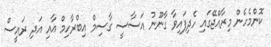
ކޮންމެހެން މިރާއްޖޭގައި ހެދިފައިވާ ގާނޫނު އަސާސީ ގާސިމް އިބްރާހިމް އާއި އަދި ރައީސް